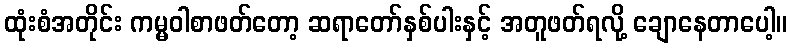
ထုံးစံအတိုင်း ကမ္မဝါစာဖတ်တော့ ဆရာတော်နှစ်ပါးနှင့် အတူဖတ်ရလို့ ချောနေတာပေါ့။